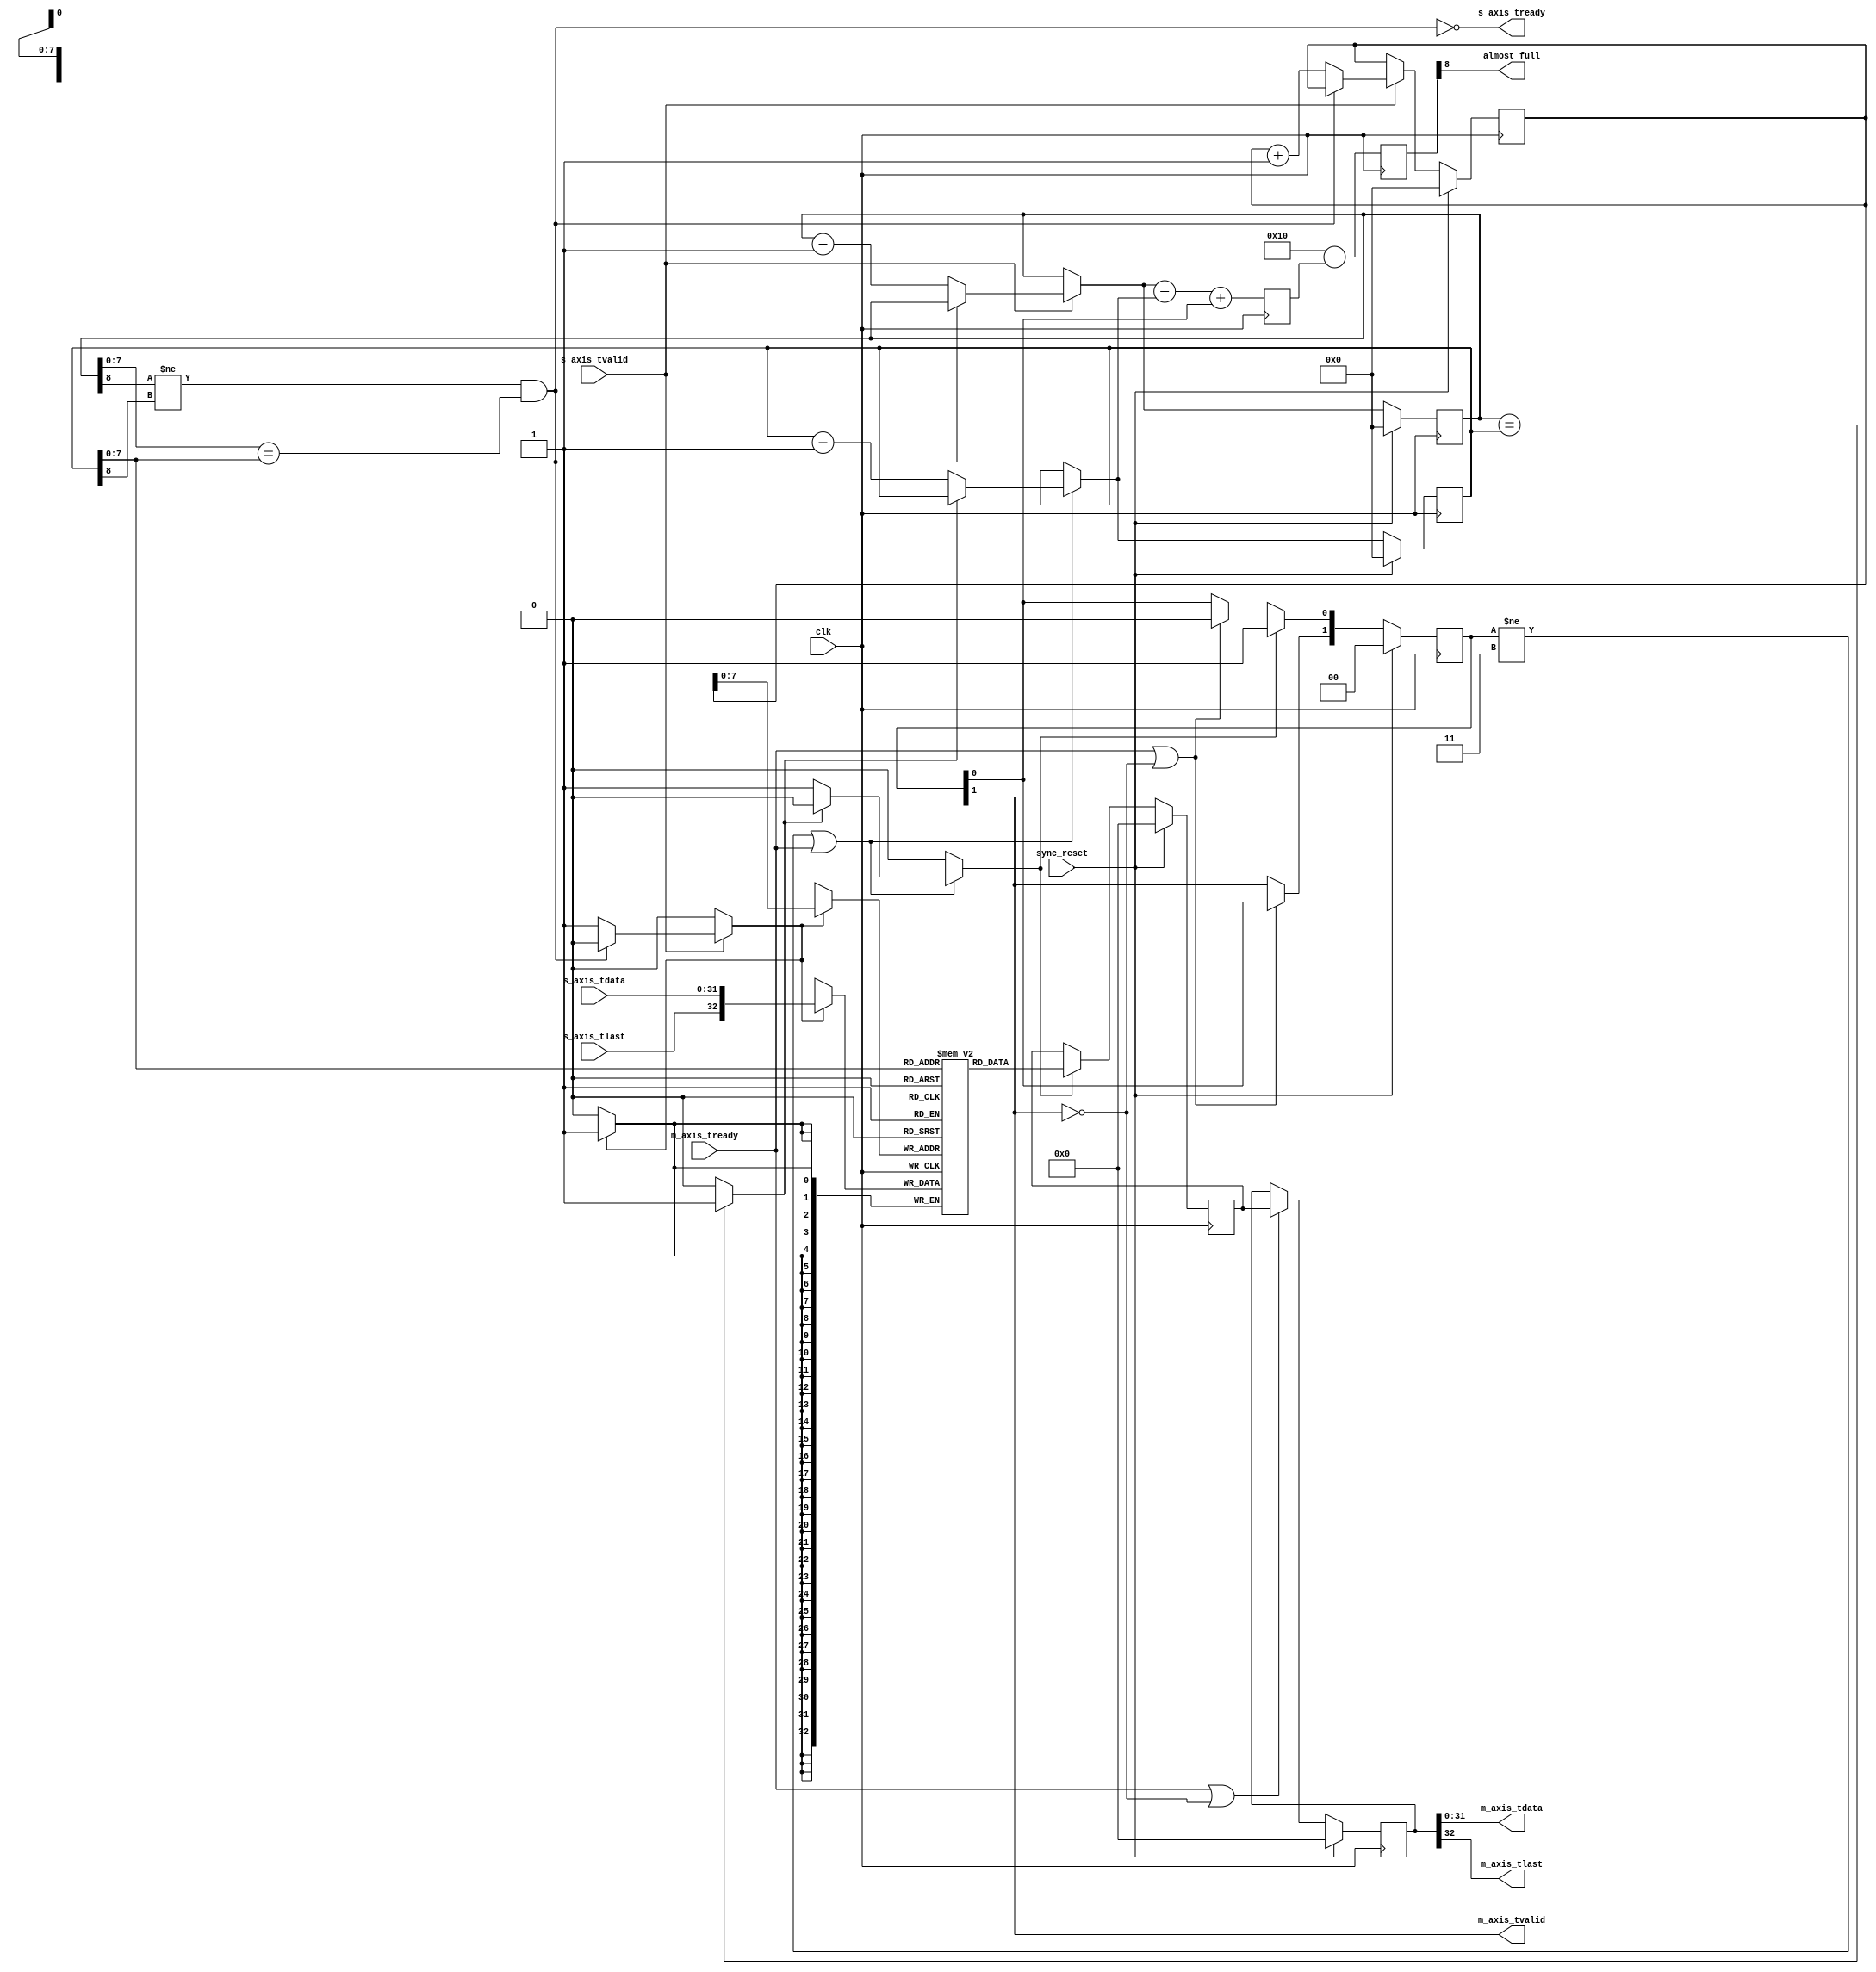
module axi_fifo_3
#( parameter DATA_WIDTH=32,
   parameter ALMOST_FULL_THRESH=16,
   parameter ADDR_WIDTH=8)
(
    input clk,
    input sync_reset,
    
    input s_axis_tvalid,
    input [DATA_WIDTH-1:0] s_axis_tdata,
    input s_axis_tlast,
    output s_axis_tready,
    output almost_full,

    output m_axis_tvalid,
    output [DATA_WIDTH-1:0] m_axis_tdata,
    output m_axis_tlast,
    input m_axis_tready
);

localparam ADDR_P1 = ADDR_WIDTH + 1;
localparam FIFO_WIDTH = DATA_WIDTH + 1;
localparam FIFO_MSB = FIFO_WIDTH - 1;
localparam ADDR_MSB = ADDR_WIDTH - 1;
localparam DEPTH = 2 ** ADDR_WIDTH;
localparam [ADDR_WIDTH:0] high_thresh = ALMOST_FULL_THRESH;

reg [ADDR_WIDTH:0] data_cnt_s = {{ADDR_P1{{1'b0}}}};
reg [ADDR_P1:0] high_compare;
reg [ADDR_WIDTH:0] wr_ptr = 0, next_wr_ptr;
reg [ADDR_WIDTH:0] wr_addr = 0, next_wr_addr;
reg [ADDR_WIDTH:0] rd_ptr = 0, next_rd_ptr;

(* ram_style = "block" *) reg [FIFO_MSB:0] buffer [DEPTH-1:0];
wire [FIFO_MSB:0] wr_data;

// full when first MSB different but rest same
wire full;
// empty when pointers match exactly
wire empty;

// control signals
reg wr;
reg rd;
reg [1:0] occ_reg = 2'b00, next_occ_reg;
reg [FIFO_MSB:0] data_d0, data_d1, next_data_d0, next_data_d1;

// control signals
assign full = ((wr_ptr[ADDR_WIDTH] != rd_ptr[ADDR_WIDTH]) && (wr_ptr[ADDR_MSB:0] == rd_ptr[ADDR_MSB:0]));
assign s_axis_tready = ~full;
assign m_axis_tvalid = occ_reg[1];
assign empty = (wr_ptr == rd_ptr) ? 1'b1 : 1'b0;

assign wr_data = {s_axis_tlast, s_axis_tdata};
assign m_axis_tdata = data_d1[DATA_WIDTH-1:0];
assign m_axis_tlast = data_d1[FIFO_MSB];
assign almost_full = high_compare[ADDR_WIDTH];

integer i;
initial begin
    for (i = 0; i < DEPTH; i=i+1) begin
        buffer[i] = 0;
    end
end

// Write logic
always @* begin
    wr = 1'b0;
    next_wr_ptr = wr_ptr;
    next_wr_addr = wr_addr;

    if (s_axis_tvalid) begin
        // input data valid
        if (~full) begin
            // not full, perform write
            wr = 1'b1;
            next_wr_ptr = wr_ptr + 1;
            next_wr_addr = wr_addr + 1;
        end
    end
end

// Data Cnt Logic
always @(posedge clk) begin
    data_cnt_s <= next_wr_ptr - next_rd_ptr + occ_reg[0];
    high_compare <= high_thresh - data_cnt_s;
end

always @(posedge clk) begin
    if (sync_reset) begin
        wr_ptr <= 0;
        wr_addr <= 0;
        occ_reg <= 0;
        data_d0 <= 0;
        data_d1 <= 0;
    end else begin
        wr_ptr <= next_wr_ptr;
        wr_addr <= next_wr_addr;
        occ_reg <= next_occ_reg;
        data_d0 <= next_data_d0;
        data_d1 <= next_data_d1;
    end

    if (wr) begin
        buffer[wr_addr[ADDR_MSB:0]] <= wr_data;
    end
end

// Read logic
always @* begin
    rd = 1'b0;
    next_rd_ptr = rd_ptr;
    next_occ_reg[0] = occ_reg[0];
    next_occ_reg[1] = occ_reg[1];
    next_data_d0 = data_d0;
    next_data_d1 = data_d1;
    if (occ_reg != 2'b11 | m_axis_tready == 1'b1) begin
        // output data not valid OR currently being transferred
        if (~empty) begin
            // not empty, perform read
            rd = 1'b1;
            next_rd_ptr = rd_ptr + 1;
        end
    end

    if (rd) begin
        next_occ_reg[0] = 1'b1;
    end else if (m_axis_tready == 1'b1 || occ_reg[1] == 1'b0) begin
        next_occ_reg[0] = 1'b0;
    end
    if (m_axis_tready == 1'b1 || occ_reg[1] == 1'b0) begin
        next_occ_reg[1] = occ_reg[0];
    end

    if (rd) begin
        next_data_d0 = buffer[rd_ptr[ADDR_MSB:0]];
    end
    if (m_axis_tready | ~occ_reg[1]) begin
        next_data_d1 = data_d0;
    end
end

always @(posedge clk) begin
    if (sync_reset) begin
        rd_ptr <= 0;
    end else begin
        rd_ptr <= next_rd_ptr;
    end

end


endmodule